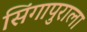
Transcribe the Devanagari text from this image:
सिंगापुराला